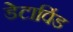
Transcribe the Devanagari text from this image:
डेटाविंड